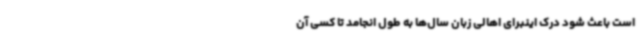
است باعث شود درک اینبرای اهالی زبان سال‌ها به طول انجامد تا کسی آن